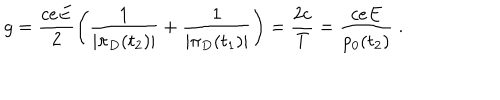
g = \frac { c e E } { 2 } \left( \frac { 1 } { | \pi _ { D } ( t _ { 2 } ) | } + \frac { 1 } { | \pi _ { D } ( t _ { 1 } ) | } \right) = \frac { 2 c } { T } = \frac { c e E } { p _ { 0 } ( t _ { 2 } ) } \; .